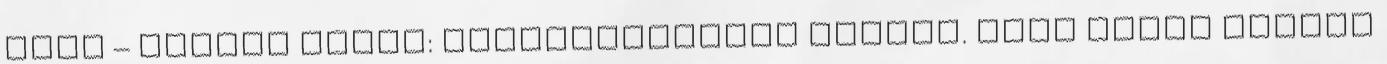
Jenő – Popper Péter: Személyiségünk titkai. hogy nálam különb